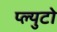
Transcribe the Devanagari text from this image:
प्ल्युटो